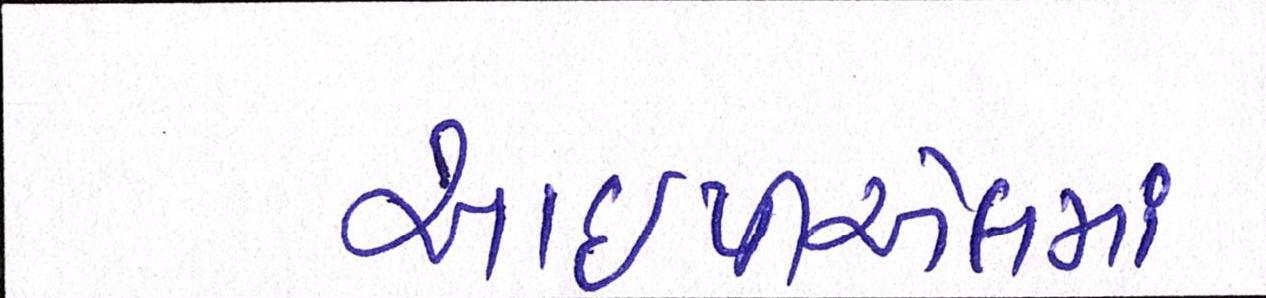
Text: આઇપીએલમાં